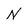
Character: N